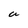
Character: a